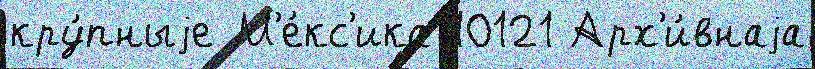
кру́пныjе М'е́кс'ика 10121 Арх'и́внаjа